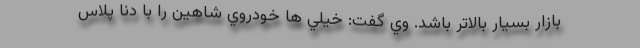
بازار بسيار بالاتر باشد. وي گفت: خيلي ها خودروي شاهين را با دنا پلاس